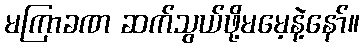
မကြာခဏ ဆက်သွယ်ဖို့မမေ့နဲ့နော်။